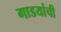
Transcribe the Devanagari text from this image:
गाडयांची